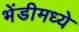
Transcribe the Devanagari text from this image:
भेंडीमध्ये